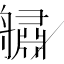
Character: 𦪓